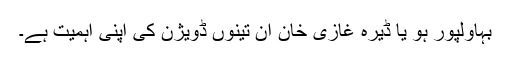
بہاولپور ہو یا ڈیرہ غازی خان ان تینوں ڈویژن کی اپنی اہمیت ہے۔